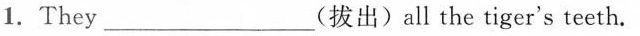
1.They____(拔出)all the tiger's teeth.